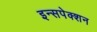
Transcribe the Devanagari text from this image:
इन्सपेक्शन